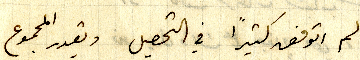
لم اتوفق كثيراً في التحصيل ويقدر المجموع